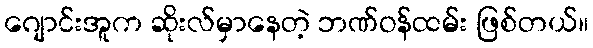
ဂျောင်းအူက ဆိုးလ်မှာနေတဲ့ ဘဏ်ဝန်ထမ်း ဖြစ်တယ်။